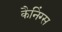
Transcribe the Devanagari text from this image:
कैनिंग्स